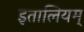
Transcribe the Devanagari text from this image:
इतालियम्